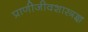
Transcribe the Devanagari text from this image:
प्राणीजीवशास्त्रज्ञ